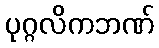
ပုဂ္ဂလိကဘဏ်